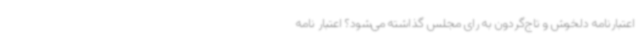
اعتبارنامه دلخوش و تاج‌گردون به رای مجلس گذاشته می‌شود؟ اعتبار نامه